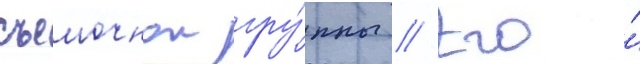
съемочнои гру́ппы // Его́